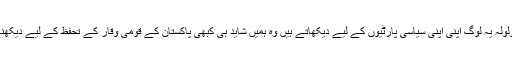
جو جوش و ولولہ یہ لوگ اپنی اپنی سیاسی پارٹیوں کے لیے دیکھاتے ہیں وہ ہمیں شاید ہی کبھی پاکستان کے قومی وقار کے تحفظ کے لیے دیکھنے کو ملا ہو۔